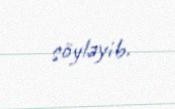
söyləyib.